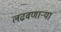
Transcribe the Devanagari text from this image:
लढवणाऱ्या